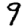
Digit: 9